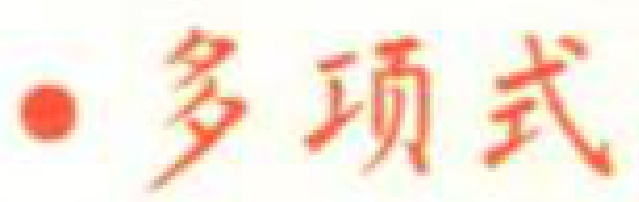
$\bullet$ 多项式